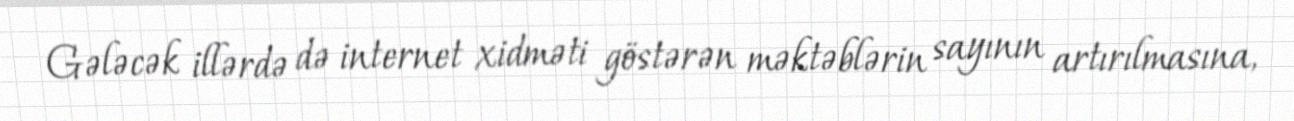
Gələcək illərdə də internet xidməti göstərən məktəblərin sayının artırılmasına,